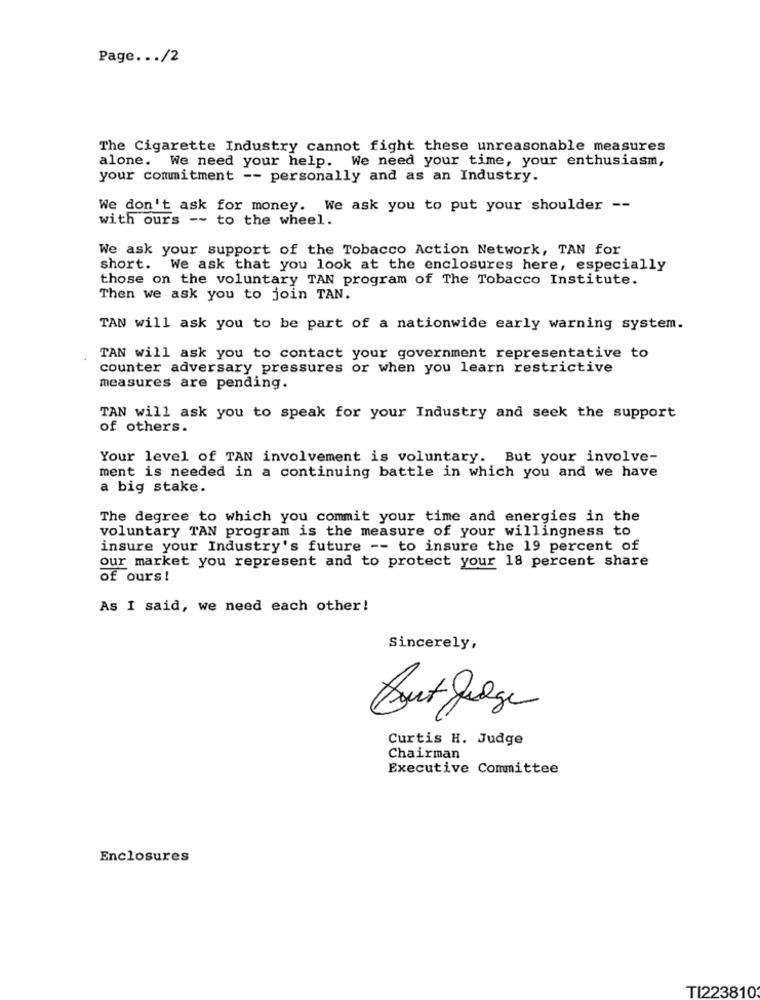
Page ... /2
The Cigarette Industry cannot fight these unreasonable measures
alone. We need your help. We need your time, your enthusiasm,
your commitment -- personally and as an Industry.
We don't ask for money. We ask you to put your shoulder --
with ours -- to the wheel.
We ask your support of the Tobacco Action Network, TAN for
short. We ask that you look at the enclosures here, especially
those on the voluntary TAN program of The Tobacco Institute.
Then we ask you to join TAN.
TAN will ask you to be part of a nationwide early warning system.
TAN will ask you to contact your government representative to
counter adversary pressures or when you learn restrictive
measures are pending.
TAN will ask you to speak for your Industry and seek the support
of others.
Your level of TAN involvement is voluntary. But your involve-
ment is needed in a continuing battle in which you and we have
a big stake.
The degree to which you commit your time and energies in the
voluntary TAN program is the measure of your willingness to
insure your Industry's future -- to insure the 19 percent of
our market you represent and to protect your 18 percent share
of ours!
As I said, we need each other!
Sincerely,
Curtis H. Judge
Chairman
Executive Committee
Enclosures
TI223810